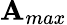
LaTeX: \mathbf{A}_{max}